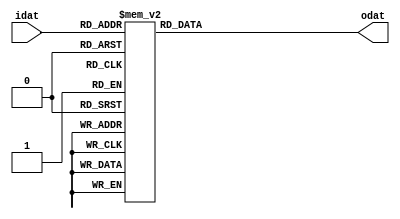
module PRESENT_ENCRYPT_SBOX (
   output reg [3:0] odat,
   input      [3:0] idat
);


always @(idat)
    case (idat)
        4'h0 : odat = 4'hC;
        4'h1 : odat = 4'h5;
        4'h2 : odat = 4'h6;
        4'h3 : odat = 4'hB;
        4'h4 : odat = 4'h9;
        4'h5 : odat = 4'h0;
        4'h6 : odat = 4'hA;
        4'h7 : odat = 4'hD;
        4'h8 : odat = 4'h3;
        4'h9 : odat = 4'hE;
        4'hA : odat = 4'hF;
        4'hB : odat = 4'h8;
        4'hC : odat = 4'h4;
        4'hD : odat = 4'h7;
        4'hE : odat = 4'h1;
        4'hF : odat = 4'h2;
    endcase

endmodule